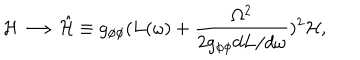
{ \cal H } \longrightarrow \hat { { \cal H } } \equiv g _ { \phi \phi } ( L ( \omega ) + \frac { \Omega ^ { 2 } } { 2 g _ { \phi \phi } d L / d \omega } ) ^ { 2 } { \cal H } ,